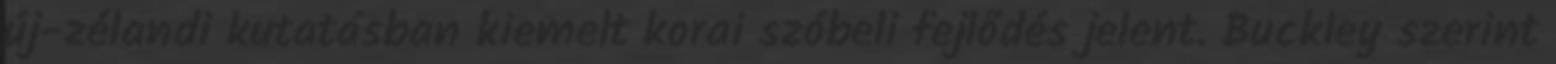
új-zélandi kutatásban kiemelt korai szóbeli fejlődés jelent. Buckley szerint